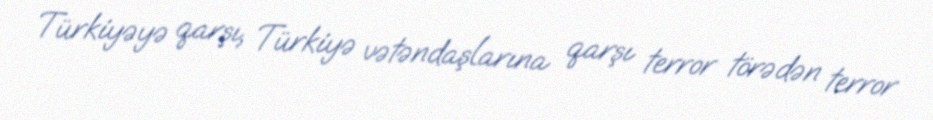
Türkiyəyə qarşı, Türkiyə vətəndaşlarına qarşı terror törədən terror